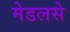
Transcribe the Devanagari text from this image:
मेडलसे